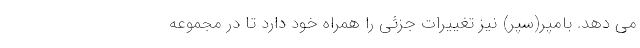
می دهد. بامپر(سپر) نیز تغییرات جزئی را همراه خود دارد تا در مجموعه